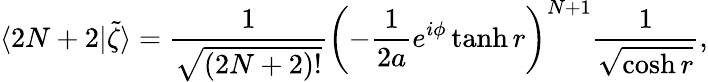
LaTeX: \langle 2N+2|\tilde{\zeta}\rangle=\frac{1}{\sqrt{(2N+2)!}}\left(-\frac{1}{2a}e^{i\phi}\operatorname{tanh}r\right)^{N+1}\frac{1}{\sqrt{\cosh r}},